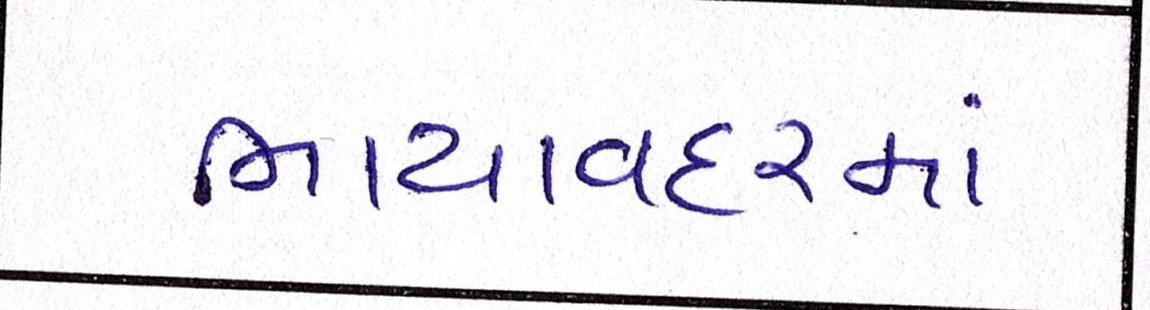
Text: ભાયાવદરમાં